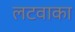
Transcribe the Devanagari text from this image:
लटवाका